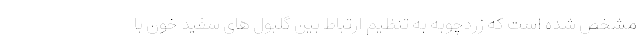
مشخص شده است که زردچوبه به تنظیم ارتباط بین گلبول های سفید خون با